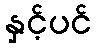
နှင့်ပင်